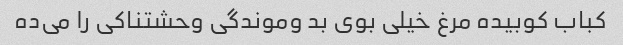
کباب کوبیده مرغ خیلی بوی بد وموندگی وحشتناکی را می‌ده